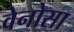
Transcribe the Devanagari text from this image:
वेनोसा